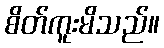
စိတ်ကူးမိသည်။